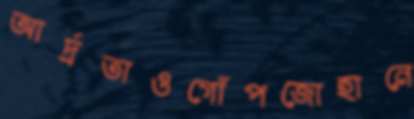
আর্দ্রতাওগোঁপজোহানে